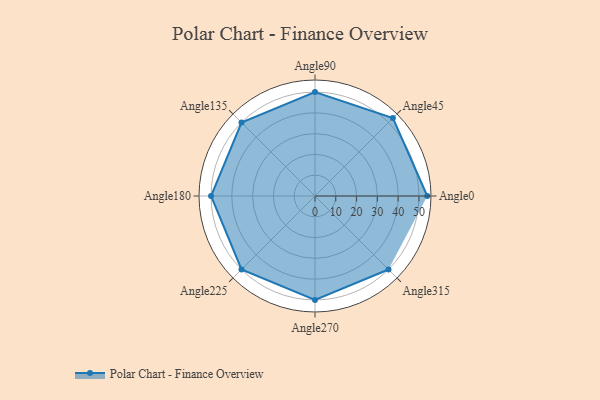
{"axis": {"x": "Angle", "y": "Radius"}, "legend": [""], "data": [{"x": "Angle0", "y": 54.0, "type": ""}, {"x": "Angle45", "y": 53.0, "type": ""}, {"x": "Angle90", "y": 50, "type": ""}, {"x": "Angle135", "y": 50, "type": ""}, {"x": "Angle180", "y": 50, "type": ""}, {"x": "Angle225", "y": 50, "type": ""}, {"x": "Angle270", "y": 50, "type": ""}, {"x": "Angle315", "y": 50, "type": ""}]}